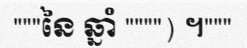
"""នៃ ឆ្នាំ """") ។"""